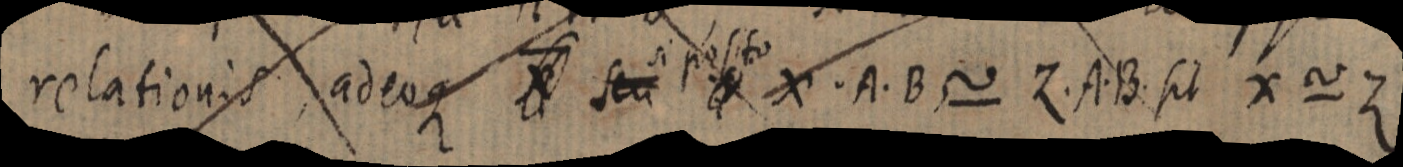
relationis adeoque X seu si posito X. A. B ~ Z. A. B. sit X ~ Z